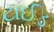
ટાઈડ